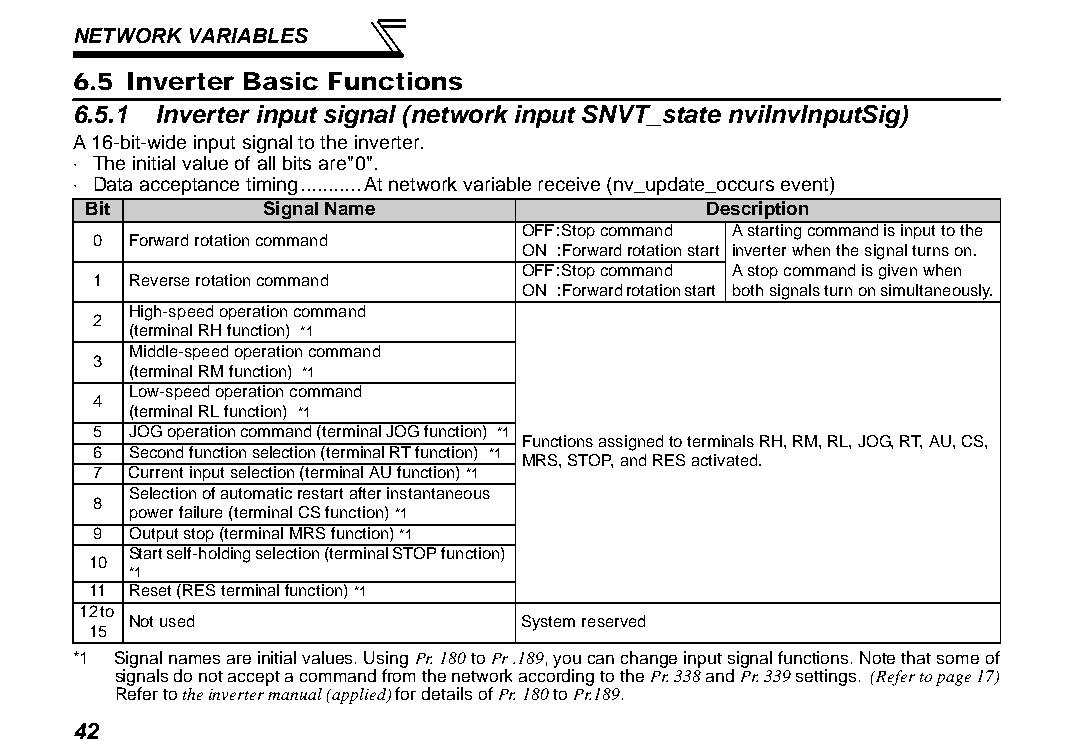
NETWORK VARIABLES
 6.5 Inverter Basic Functions
 6.5.1 Inverter input signal (network input SNVT_state nviInvInputSig)
 A 16-bit-wide input signal to the inverter.
 ⋅ The initial value of all bits are"0".
 ⋅ Data acceptance timing...........At network variable receive (nv_update_occurs event)
 Bit         Signal Name                  Description
 OFF:Stop command A starting command is input to the
 0 Forward rotation command
 ON :Forward rotation start inverter when the signal turns on.
 OFF:Stop command A stop command is given when
 1 Reverse rotation command
 ON :Forward rotation start both signals turn on simultaneously.
 High-speed operation command
 2
 (terminal RH function) *1
 Middle-speed operation command
 3
 (terminal RM function) *1
 Low-speed operation command
 4
 (terminal RL function) *1
 5 JOG operation command (terminal JOG function) *1
 Functions assigned to terminals RH, RM, RL, JOG, RT, AU, CS,
 6 Second function selection (terminal RT function) *1 MRS, STOP, and RES activated.
 7 Current input selection (terminal AU function) *1
 Selection of automatic restart after instantaneous
 8
 power failure (terminal CS function) *1
 9 Output stop (terminal MRS function) *1
 Start self-holding selection (terminal STOP function)
 10
 *1
 11 Reset (RES terminal function) *1
 12 to
 Not used                  System reserved
 15
 *1 Signal names are initial values. Using Pr. 180 to Pr .189, you can change input signal functions. Note that some of
 signals do not accept a command from the network according to the Pr. 338 and Pr. 339 settings. (Refer to page 17)
 Refer to the inverter manual (applied) for details of Pr. 180 to Pr.189.
 42